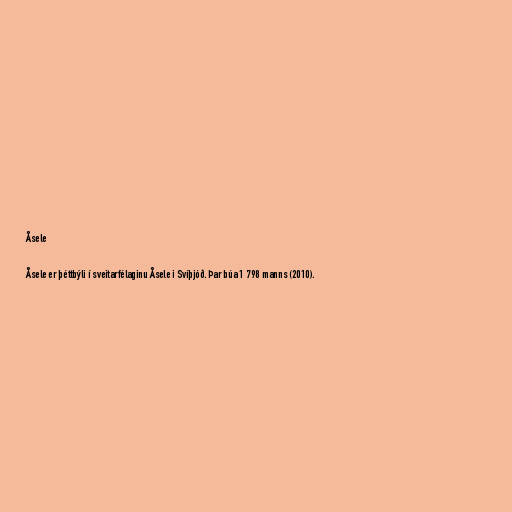
Åsele

Åsele er þéttbýli í sveitarfélaginu Åsele i Svíþjóð. Þar búa 1 798 manns (2010).